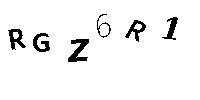
RGZ6R1